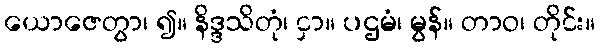
ယောဇေတွာ၊ ၍။ နိဒ္ဒသိတုံ၊ ငှာ။ ပဌမံ၊ မွန်။ တာဝ၊ တိုင်း။